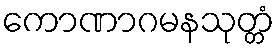
ကောဏာဂမနသုတ္တံ